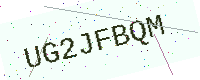
Text: UG2JFBQM